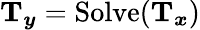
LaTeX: \mathbf{T}_{\boldsymbol{y}}=\operatorname{Solve}(\mathbf{T}_{\boldsymbol{x}})